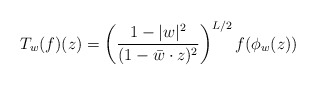
\begin{align*} T_w(f)(z)=\left(\frac{1-|w|^2}{(1-\bar w\cdot z)^2}\right)^{L/2} f(\phi_w(z))\end{align*}